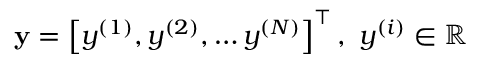
\mathbf { y } = \left[ y ^ { ( 1 ) } , y ^ { ( 2 ) } , \ldots y ^ { ( N ) } \right] ^ { \top } , \ { y } ^ { ( i ) } \in \mathbb { R }